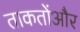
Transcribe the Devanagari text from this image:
ताकतोंऔर